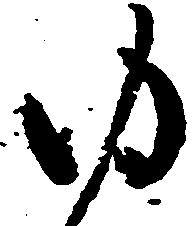
ゆ